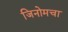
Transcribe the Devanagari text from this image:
जिनोमचा